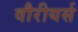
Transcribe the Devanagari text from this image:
वौरीयर्स